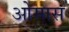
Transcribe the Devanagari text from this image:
ओमास